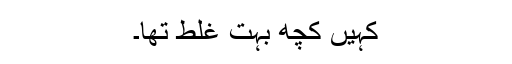
کہیں کچھ بہت غلط تھا۔